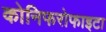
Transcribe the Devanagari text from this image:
कोनिफरोफाइटा